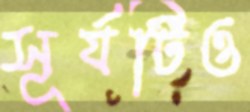
সূর্যটিও